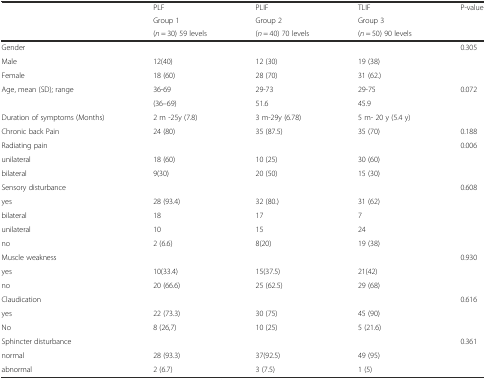
| <ROWSPAN=3>  | PLF | PLIF | TLIF | <ROWSPAN=3> P-value |
 | Group 1 | Group 2 | Group 3 |
 | (n = 30) 59 levels | (n = 40) 70 levels | (n = 50) 90 levels |
 | --- | --- | --- | --- | --- |
 | Gender |  |  |  | 0.305 |
 | Male | 12(40) | 12 (30) | 19 (38) |  |
 | Female | 18 (60) | 28 (70) | 31 (62.) |  |
 | Age, mean (SD); range | 36-69 | 29-73 | 29-75 | 0.072 |
 |  | (36–69) | 51.6 | 45.9 |  |
 | Duration of symptoms (Months) | 2 m -25y (7.8) | 3 m-29y (6.78) | 5 m- 20 y (5.4 y) |  |
 | Chronic back Pain | 24 (80) | 35 (87.5) | 35 (70) | 0.188 |
 | Radiating pain |  |  |  | 0.006 |
 | unilateral | 18 (60) | 10 (25) | 30 (60) |  |
 | bilateral | 9(30) | 20 (50) | 15 (30) |  |
 | Sensory disturbance |  |  |  | 0.608 |
 | yes | 28 (93.4) | 32 (80.) | 31 (62) |  |
 | bilateral | 18 | 17 | 7 |  |
 | unilateral | 10 | 15 | 24 |  |
 | no | 2 (6.6) | 8(20) | 19 (38) |  |
 | Muscle weakness |  |  |  | 0.930 |
 | yes | 10(33.4) | 15(37.5) | 21(42) |  |
 | no | 20 (66.6) | 25 (62.5) | 29 (68) |  |
 | Claudication |  |  |  | 0.616 |
 | yes | 22 (73.3) | 30 (75) | 45 (90) |  |
 | No | 8 (26,7) | 10 (25) | 5 (21.6) |  |
 | Sphincter disturbance |  |  |  | 0.361 |
 | normal | 28 (93.3) | 37(92.5) | 49 (95) |  |
 | abnormal | 2 (6.7) | 3 (7.5) | 1 (5) |  |